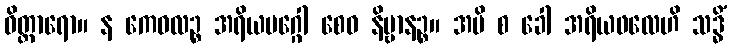
ဝိတ္ထာရော။ န ကေဝလဉ္စ အရိယမဂ္ဂေါ စေဝ နိဗ္ဗာနဉ္စ။ အပိ စ ခေါ အရိယဖလေဟိ သဒ္ဓိံ